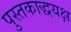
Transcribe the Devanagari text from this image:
पुस्तकाद्धयक्ष